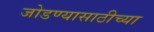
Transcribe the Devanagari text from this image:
जोडण्यासाठीच्या